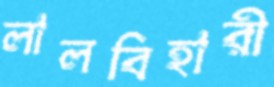
লালবিহারী